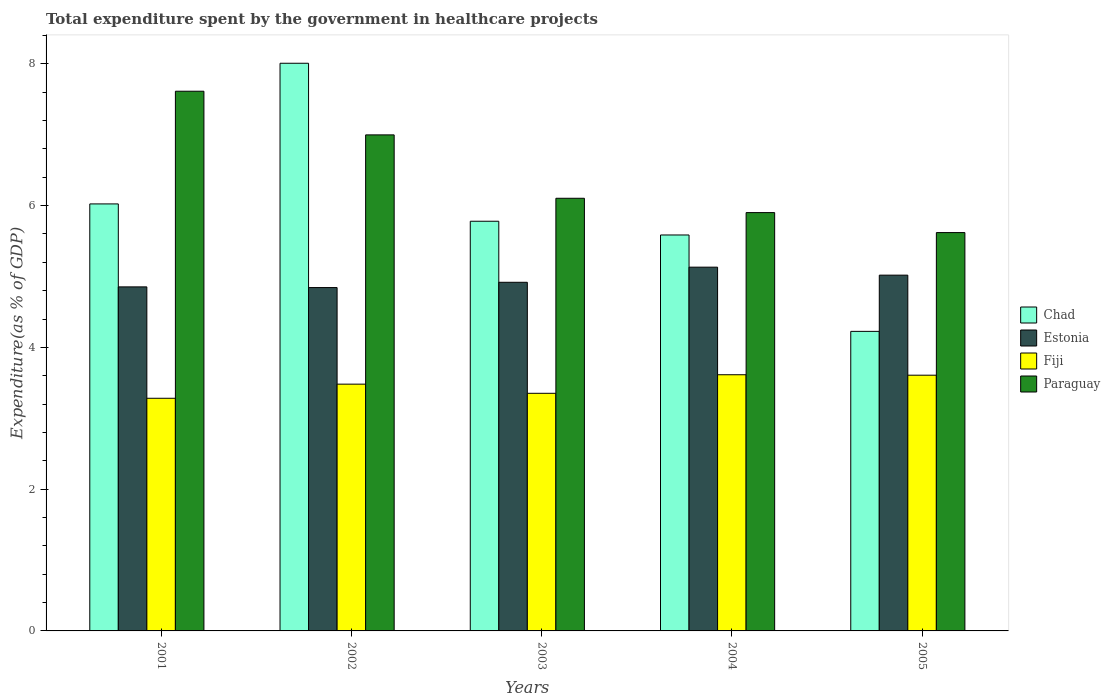
| Years | Chad | Estonia | Fiji | Paraguay |
 | --- | --- | --- | --- | --- |
 | 2001 | 6.02 | 4.85 | 3.28 | 7.61 |
 | 2002 | 8.01 | 4.84 | 3.48 | 7 |
 | 2003 | 5.78 | 4.92 | 3.35 | 6.1 |
 | 2004 | 5.59 | 5.13 | 3.61 | 5.9 |
 | 2005 | 4.23 | 5.02 | 3.61 | 5.62 |